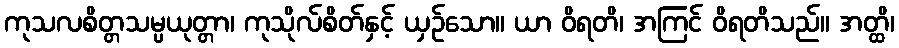
ကုသလစိတ္တသမ္ပယုတ္တာ၊ ကုသိုလ်စိတ်နှင့် ယှဉ်သော။ ယာ ဝိရတိ၊ အကြင် ဝိရတိသည်။ အတ္ထိ၊